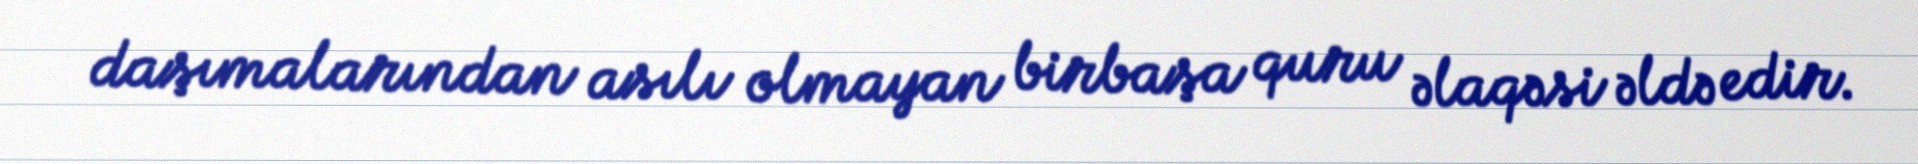
daşımalarından asılı olmayan birbaşa quru əlaqəsi əldə edir.